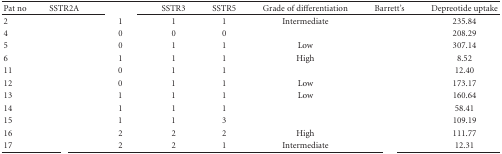
<table><thead><tr><td><b> Pat no</b></td><td><b>SSTR2A</b></td><td>[EMPTY_CELL]</td><td><b>SSTR3</b></td><td><b>SSTR5</b></td><td><b>Grade of differentiation</b></td><td><b>Barrett's</b></td><td><b>Depreotide uptake</b></td></tr></thead><tbody><tr><td>2</td><td>[EMPTY_CELL]</td><td>1</td><td>1</td><td>1</td><td>Intermediate</td><td>[EMPTY_CELL]</td><td>235.84</td></tr><tr><td>4</td><td>[EMPTY_CELL]</td><td>0</td><td>0</td><td>0</td><td>[EMPTY_CELL]</td><td>[EMPTY_CELL]</td><td>208.29</td></tr><tr><td>5</td><td>[EMPTY_CELL]</td><td>0</td><td>1</td><td>1</td><td>Low</td><td>[EMPTY_CELL]</td><td>307.14</td></tr><tr><td>6</td><td>[EMPTY_CELL]</td><td>1</td><td>1</td><td>1</td><td>High</td><td>[EMPTY_CELL]</td><td>8.52</td></tr><tr><td>11</td><td>[EMPTY_CELL]</td><td>0</td><td>1</td><td>1</td><td>[EMPTY_CELL]</td><td>[EMPTY_CELL]</td><td>12.40</td></tr><tr><td>12</td><td>[EMPTY_CELL]</td><td>0</td><td>1</td><td>1</td><td>Low</td><td>[EMPTY_CELL]</td><td>173.17</td></tr><tr><td>13</td><td>[EMPTY_CELL]</td><td>1</td><td>1</td><td>1</td><td>Low</td><td>[EMPTY_CELL]</td><td>160.64</td></tr><tr><td>14</td><td>[EMPTY_CELL]</td><td>1</td><td>1</td><td>1</td><td>[EMPTY_CELL]</td><td>[EMPTY_CELL]</td><td>58.41</td></tr><tr><td>15</td><td>[EMPTY_CELL]</td><td>1</td><td>1</td><td>3</td><td>[EMPTY_CELL]</td><td>[EMPTY_CELL]</td><td>109.19</td></tr><tr><td>16</td><td>[EMPTY_CELL]</td><td>2</td><td>2</td><td>2</td><td>High</td><td>[EMPTY_CELL]</td><td>111.77</td></tr><tr><td>17</td><td>[EMPTY_CELL]</td><td>2</td><td>2</td><td>1</td><td>Intermediate</td><td>[EMPTY_CELL]</td><td>12.31</td></tr></tbody></table>